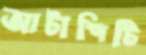
আটাশিটি